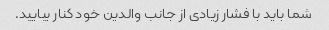
شما باید با فشار زیادی از جانب والدین خود کنار بیایید.